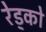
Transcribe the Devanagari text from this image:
रेड्को